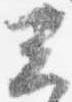
云